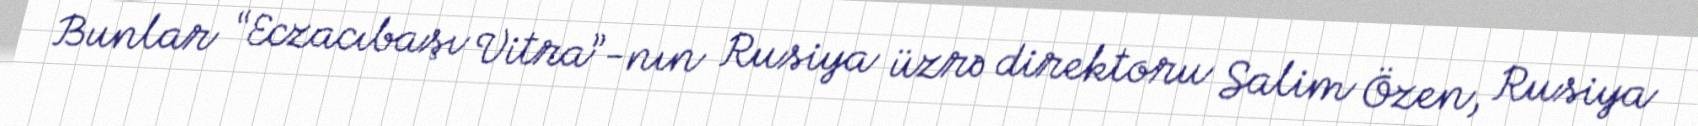
Bunlar “Eczacıbaşı Vitra”-nın Rusiya üzrə direktoru Salim Özen, Rusiya